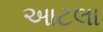
આટલા